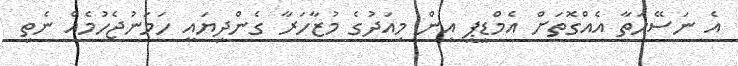
އެ ނަސޭހަތާ އެއްގޮތަށް އެމްޑީޕީ އިން މިއަދުގެ މުޒާހަރާ ގެންދިޔައީ ހަމަނުޖެހުމެއް ނެތި